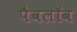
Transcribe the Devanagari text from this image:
पैवलॉव